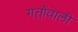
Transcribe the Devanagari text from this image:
गत्तोंवाली